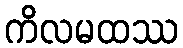
ကိလမထဿ